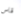
قاس